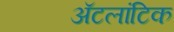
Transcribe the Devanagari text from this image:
ॲटलांटिक